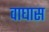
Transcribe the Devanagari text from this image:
वाघास